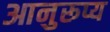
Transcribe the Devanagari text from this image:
आनुरूप्य